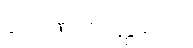
ဂေါဏကတ္ထတေ